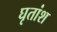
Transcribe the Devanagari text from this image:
घृतांश